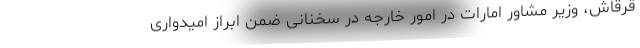
قرقاش، وزیر مشاور امارات در امور خارجه در سخنانی ضمن ابراز امیدواری